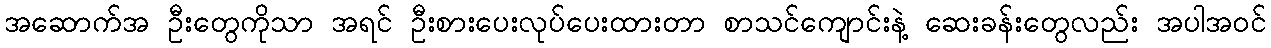
အဆောက်အ ဦးတွေကိုသာ အရင် ဦးစားပေးလုပ်ပေးထားတာ စာသင်ကျောင်းနဲ့ ဆေးခန်းတွေလည်း အပါအဝင်